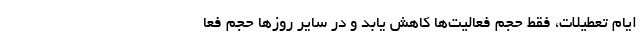
ایام تعطیلات، فقط حجم فعالیت‌ها کاهش یابد و در سایر روزها حجم فعا